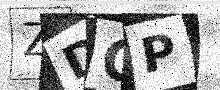
Text: ZDGP